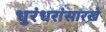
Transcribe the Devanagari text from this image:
धुरंधरांसारखे